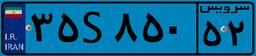
۹۸S۰۱۰۰۵